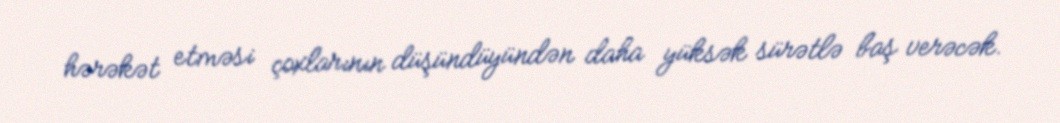
hərəkət etməsi çoxlarının düşündüyündən daha yüksək sürətlə baş verəcək.